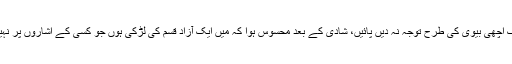
انکا کہنا تھا کہ ان کے شوہر بہت اچھے انسان تھے لیکن وہ انہیں ایک اچھی بیوی کی طرح توجہ نہ دیں پائیں، شادی کے بعد محسوس ہوا کہ میں ایک آزاد قسم کی لڑکی ہوں جو کسی کے اشاروں پر نہیں چل سکتی اور نہ اپنی زندگی کو کسی کے مطابق گزار سکتی ہوں۔